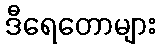
ဒီရေတောများ